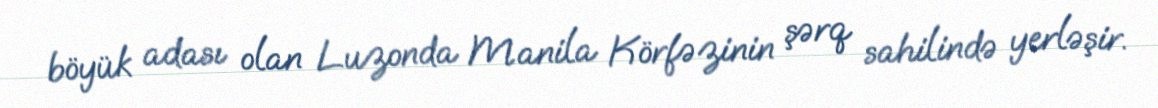
böyük adası olan Luzonda Manila Körfəzinin şərq sahilində yerləşir.